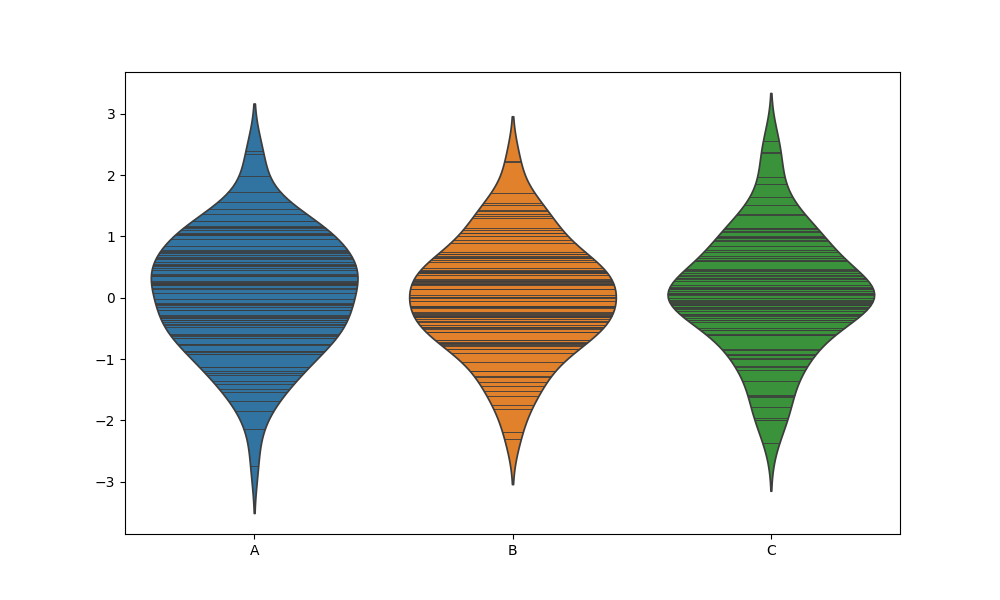
python, seaborn, violinplot, scale='area', split='False', inner='stick', fill='True'